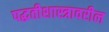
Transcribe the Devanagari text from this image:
पद्धतीशास्त्रावरील